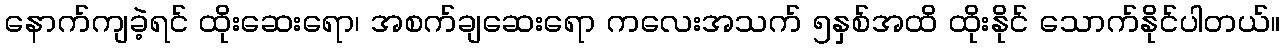
နောက်ကျခဲ့ရင် ထိုးဆေးရော၊ အစက်ချဆေးရော ကလေးအသက် ၅နှစ်အထိ ထိုးနိုင် သောက်နိုင်ပါတယ်။